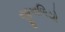
જીકાળિયો